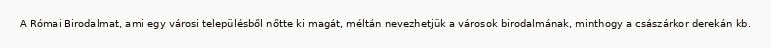
A Római Birodalmat, ami egy városi településből nőtte ki magát, méltán nevezhetjük a városok birodalmának, minthogy a császárkor derekán kb.